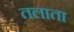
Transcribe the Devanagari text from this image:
तलाता